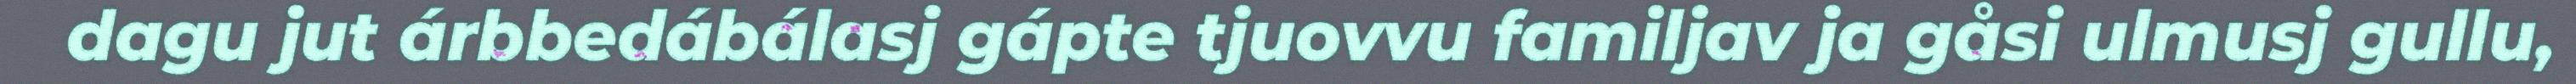
dagu jut árbbedábálasj gápte tjuovvu familjav ja gåsi ulmusj gullu,